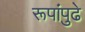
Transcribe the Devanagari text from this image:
रूपांपुढे